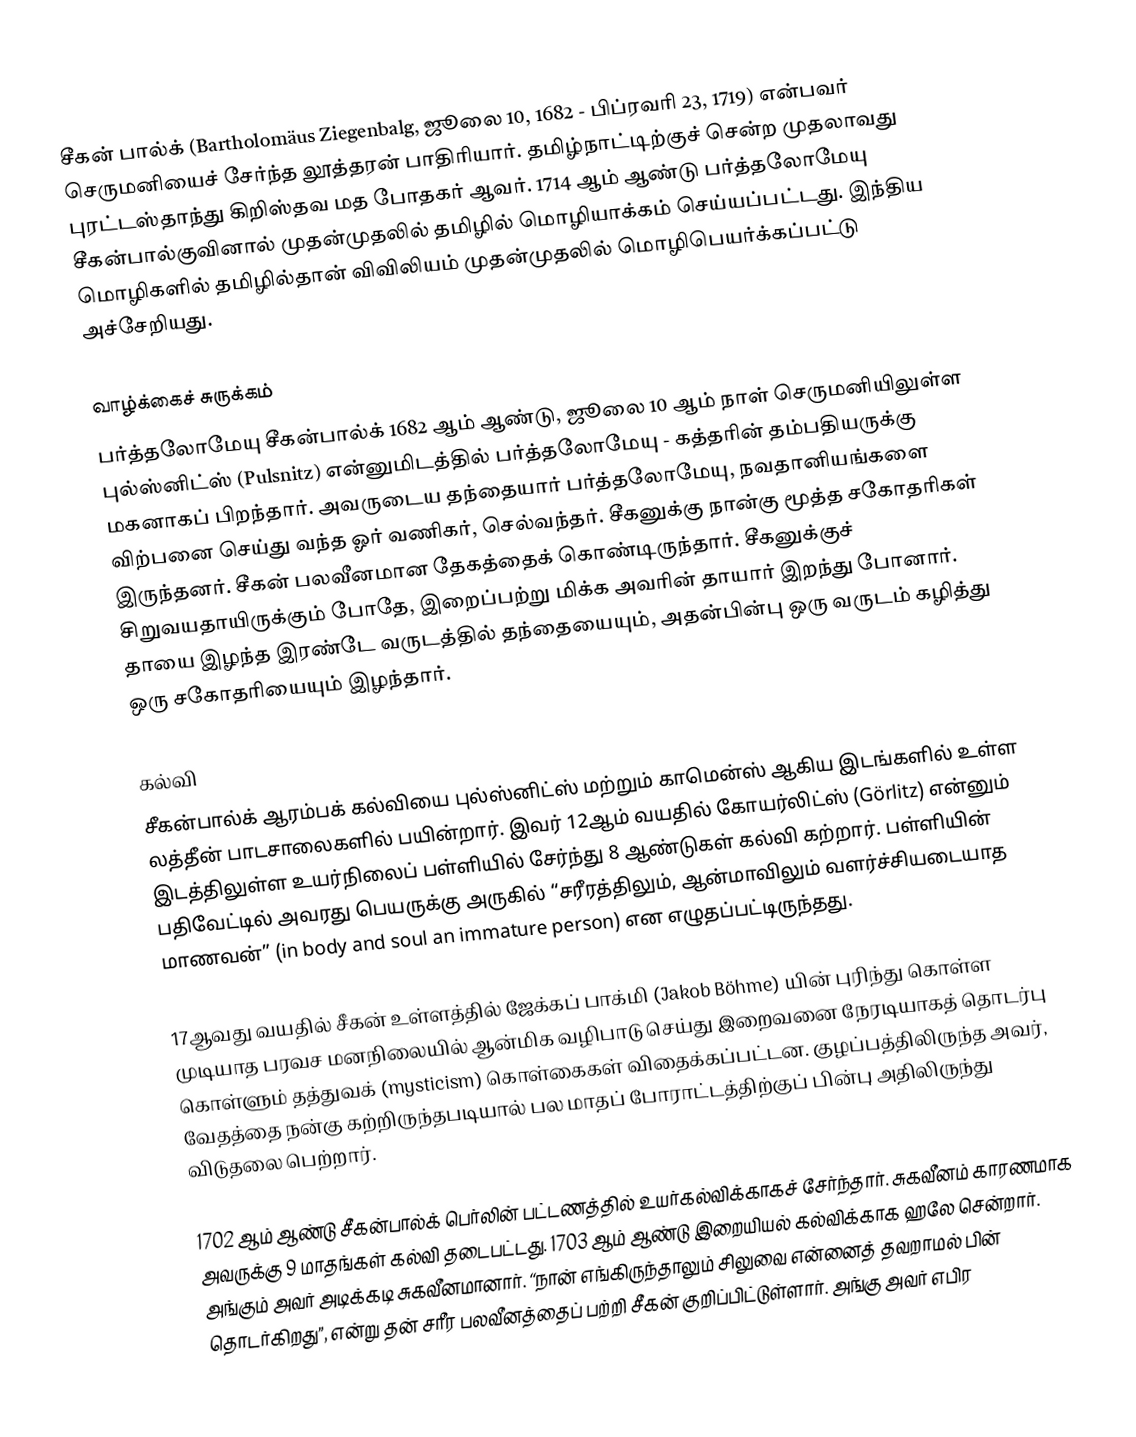
சீகன் பால்க் (Bartholomäus Ziegenbalg, ஜூலை 10, 1682 - பிப்ரவரி 23, 1719) என்பவர் செருமனியைச் சேர்ந்த லூத்தரன் பாதிரியார். தமிழ்நாட்டிற்குச் சென்ற முதலாவது புரட்டஸ்தாந்து கிறிஸ்தவ மத போதகர் ஆவர். 1714 ஆம் ஆண்டு  பர்த்தலோமேயு சீகன்பால்குவினால் முதன்முதலில் தமிழில் மொழியாக்கம் செய்யப்பட்டது. இந்திய மொழிகளில் தமிழில்தான் விவிலியம் முதன்முதலில் மொழிபெயர்க்கப்பட்டு அச்சேறியது.

வாழ்க்கைச் சுருக்கம்
பர்த்தலோமேயு சீகன்பால்க் 1682 ஆம் ஆண்டு, ஜூலை 10 ஆம் நாள் செருமனியிலுள்ள புல்ஸ்னிட்ஸ் (Pulsnitz) என்னுமிடத்தில் பர்த்தலோமேயு -  கத்தரின் தம்பதியருக்கு மகனாகப் பிறந்தார். அவருடைய தந்தையார் பர்த்தலோமேயு, நவதானியங்களை விற்பனை செய்து வந்த ஓர் வணிகர், செல்வந்தர். சீகனுக்கு நான்கு மூத்த சகோதரிகள் இருந்தனர். சீகன் பலவீனமான தேகத்தைக் கொண்டிருந்தார்.  சீகனுக்குச் சிறுவயதாயிருக்கும் போதே, இறைப்பற்று மிக்க அவரின் தாயார் இறந்து போனார். தாயை இழந்த இரண்டே வருடத்தில் தந்தையையும், அதன்பின்பு ஒரு வருடம் கழித்து ஒரு சகோதரியையும் இழந்தார்.

கல்வி
சீகன்பால்க் ஆரம்பக் கல்வியை புல்ஸ்னிட்ஸ் மற்றும் காமென்ஸ் ஆகிய இடங்களில் உள்ள லத்தீன் பாடசாலைகளில் பயின்றார். இவர் 12ஆம் வயதில் கோயர்லிட்ஸ் (Görlitz) என்னும் இடத்திலுள்ள உயர்நிலைப் பள்ளியில் சேர்ந்து 8 ஆண்டுகள் கல்வி கற்றார். பள்ளியின் பதிவேட்டில் அவரது பெயருக்கு அருகில் “சரீரத்திலும், ஆன்மாவிலும் வளர்ச்சியடையாத மாணவன்” (in body and soul an immature person) என எழுதப்பட்டிருந்தது.

17ஆவது வயதில் சீகன் உள்ளத்தில் ஜேக்கப் பாக்மி (Jakob Böhme) யின் புரிந்து கொள்ள முடியாத பரவச மனநிலையில் ஆன்மிக வழிபாடு செய்து இறைவனை நேரடியாகத் தொடர்பு கொள்ளும் தத்துவக் (mysticism) கொள்கைகள் விதைக்கப்பட்டன. குழப்பத்திலிருந்த அவர், வேதத்தை நன்கு கற்றிருந்தபடியால் பல மாதப் போராட்டத்திற்குப் பின்பு அதிலிருந்து விடுதலை பெற்றார்.

1702 ஆம் ஆண்டு சீகன்பால்க் பெர்லின் பட்டணத்தில் உயர்கல்விக்காகச் சேர்ந்தார். சுகவீனம் காரணமாக அவருக்கு 9 மாதங்கள் கல்வி தடைபட்டது. 1703 ஆம் ஆண்டு இறையியல் கல்விக்காக ஹலே சென்றார். அங்கும் அவர் அடிக்கடி சுகவீனமானார்.  “நான் எங்கிருந்தாலும் சிலுவை என்னைத் தவறாமல் பின் தொடர்கிறது”, என்று தன் சரீர பலவீனத்தைப் பற்றி சீகன் குறிப்பிட்டுள்ளார். அங்கு அவர் எபிர